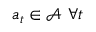
a _ { t } \in \mathcal A \ \forall t